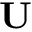
\textbf { U }